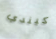
كيندي